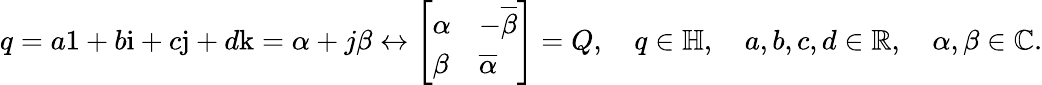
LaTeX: q=a\mathrm{1}+b\mathrm{i}+c\mathrm{j}+d\mathrm{k}=\alpha+j\beta\leftrightarrow{\left[\begin{array}{ll}{\alpha}&{-{\overline{{\beta}}}}\\ {\beta}&{{\overline{{\alpha}}}}\end{array}\right]}=Q,\quad q\in\mathbb{H},\quad a,b,c,d\in\mathbb{R},\quad\alpha,\beta\in\mathbb{C}.